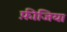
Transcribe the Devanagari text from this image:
फ़ीजिया